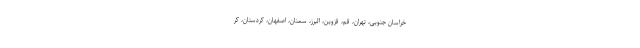
خراسان جنوبی، تهران، قم، قزوین، البرز، سمنان، اصفهان، کردستان، کر